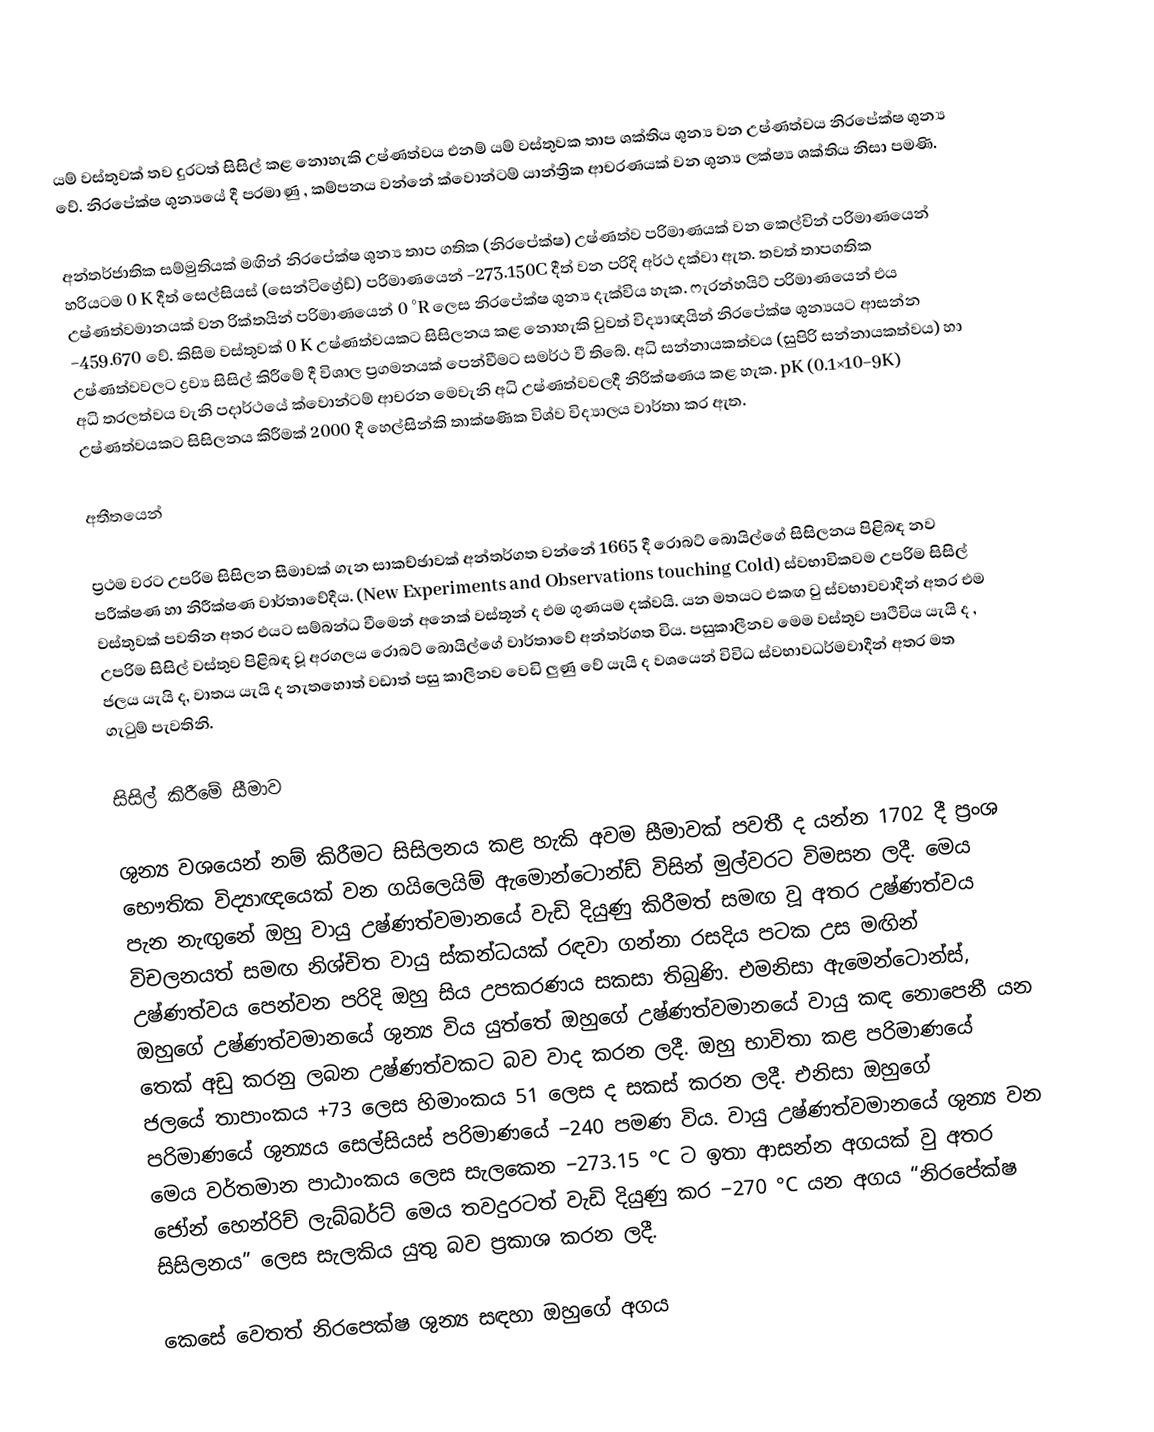
යම් වස්තුවක් තව දුරටත් සිසිල් කළ නොහැකි උෂ්ණත්වය එනම් යම් වස්තුවක තාප ශක්තිය ශුන්‍ය වන උෂ්ණත්වය නිරපේක්ෂ ශුන්‍ය වේ. නිරපේක්ෂ ශුන්‍යයේ දී පරමාණු , කම්පනය වන්නේ ක්වොන්ටම් යාන්ත්‍රික ආචරණයක් වන ශුන්‍ය ලක්ෂ්‍ය ශක්තිය නිසා පමණි.

අන්තර්ජාතික සම්මුතියක් මඟින් නිරපේක්ෂ ශුන්‍ය තාප ගතික (නිරපේක්ෂ) උෂ්ණත්ව පරිමාණයක් වන කෙල්වින් පරිමාණයෙන් හරියටම 0 K දීත් සෙල්සියස් (සෙන්ටිග්‍රේඩ්) පරිමාණයෙන් −273.150C දීත් වන පරිදි අර්ථ දක්වා ඇත. තවත් තාපගතික උෂ්ණත්වමානයක් වන රික්තයින් පරිමාණයෙන් 0 °R ලෙස නිරපේක්ෂ ශුන්‍ය දැක්විය හැක. ෆැරන්හයිට් පරිමාණයෙන් එය −459.670 වේ. කිසිම වස්තුවක් 0 K උෂ්ණත්වයකට සිසිලනය කළ නොහැකි වුවත් විද්‍යාඥයින් නිරපේක්ෂ ශුන්‍යයට ආසන්න උෂ්ණත්වවලට ද්‍රව්‍ය සිසිල් කිරීමේ දී විශාල ප්‍රගමනයක් පෙන්වීමට සමර්ථ වී තිබේ. අධි සන්නායකත්වය (සුපිරි සන්නායකත්වය) හා අධි තරලත්වය වැනි පදාර්ථයේ ක්වොන්ටම් ආචරන මෙවැනි අධි උෂ්ණත්වවලදී නිරීක්ෂණය කළ හැක. pK (0.1×10−9K) උෂ්ණත්වයකට සිසිලනය කිරීමක් 2000 දී හෙල්සින්කි තාක්ෂණික විශ්ව විද්‍යාලය වාර්තා කර ඇත.

අතීතයෙන්

ප්‍රථම වරට උපරිම සිසිලන සීමාවක් ගැන සාකච්ඡාවක් අන්තර්ගත වන්නේ 1665 දී රොබට් බොයිල්ගේ සිසිලනය පිළිබඳ නව පරීක්ෂණ හා නිරීක්ෂණ වාර්තාවේදීය. (New Experiments and Observations touching Cold) ස්වභාවිකවම උපරිම සිසිල් වස්තුවක් පවතින අතර එයට සම්බන්ධ වීමෙන් අනෙක් වස්තූන් ද එම ගුණයම දක්වයි. යන මතයට එකඟ වු ස්වභාවවාදීන් අතර එම උපරිම සිසිල් වස්තුව පිළිබඳ වූ අරගලය රොබට් බොයිල්ගේ වාර්තාවේ අන්තර්ගත විය. පසුකාලීනව මෙම වස්තුව පෘථිවිය යැයි ද , ජලය යැයි ද, වාතය යැයි ද නැතහොත් වඩාත් පසු කාලීනව වෙඩි ලුණු වේ යැයි ද වශයෙන් විවිධ ස්වභාවධර්මවාදීන් අතර මත ගැටුම් පැවතිනි.

සිසිල් කිරීමේ සීමාව

ශුන්‍ය වශයෙන් නම් කිරීමට සිසිලනය කළ හැකි අවම සීමාවක් පවතී ද යන්න 1702 දී ප්‍රංශ භෞතික විද්‍යාඥයෙක් වන ගයිලෙයිම් ඇමොන්ටොන්ඩ් විසින් මුල්වරට විමසන ලදී. මෙය පැන නැඟුනේ ඔහු වායු උෂ්ණත්වමානයේ වැඩි දියුණු කිරීමත් සමඟ වූ අතර උෂ්ණත්වය විචලනයත් සමඟ නිශ්චිත වායු ස්කන්ධයක් රඳවා ගන්නා රසදිය පටක උස මඟින් උෂ්ණත්වය පෙන්වන පරිදි ඔහු සිය උපකරණය සකසා තිබුණි. එමනිසා ඇමෙන්ටොන්ස්, ඔහුගේ උෂ්ණත්වමානයේ ශුන්‍ය විය යුත්තේ ඔහුගේ උෂ්ණත්වමානයේ වායු කඳ නොපෙනී යන තෙක් අඩු කරනු ලබන උෂ්ණත්වකට බව වාද කරන ලදී. ඔහු භාවිතා කළ පරිමාණයේ ජලයේ තාපාංකය +73 ලෙස හිමාංකය 51 ලෙස ද සකස් කරන ලදී. එනිසා ඔහුගේ පරිමාණයේ ශුන්‍යය සෙල්සියස් පරිමාණයේ −240 පමණ විය. වායු උෂ්ණත්වමානයේ ශුන්‍ය වන මෙය වර්තමාන පාඨාංකය ලෙස සැලකෙන −273.15 °C ට ඉතා ආසන්න අගයක් වු අතර ජෝන් හෙන්රිච් ලැබ්බර්ට් මෙය තවදුරටත් වැඩි දියුණු කර −270 °C යන අගය “නිරපේක්ෂ සිසිලනය” ලෙස සැලකිය යුතු බව ප්‍රකාශ කරන ලදී.

කෙසේ වෙතත් නිරපෙක්ෂ ශුන්‍ය සඳහා ඔහුගේ අගය